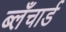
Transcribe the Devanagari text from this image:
ब्लँचार्ड